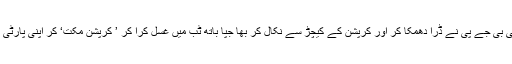
مہاراشٹر میں آدرش گھوٹالے کے معاملے میں بری طرح پھنسے نرائن رانے کو بھی بی جے پی نے ڈرا دھمکا کر اور کرپشن کے کیچڑ سے نکال کر بھا جپا باتھ ٹب میں غسل کرا کر ’ کرپشن مکت‘ کر اپنی پارٹی میں شامل ہی نہیں کیا ہے، بلکہ انھیں وزیر بھی بنانے کی پوری کوشش ہو رہی ہے۔